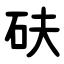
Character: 砆